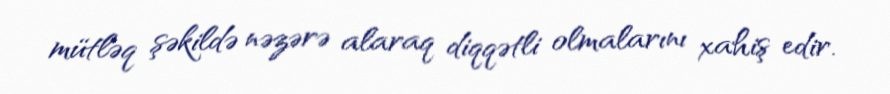
mütləq şəkildə nəzərə alaraq diqqətli olmalarını xahiş edir.